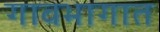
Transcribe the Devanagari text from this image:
गावभागात